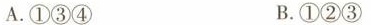
A.①③④ B.①②③